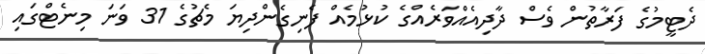
ދެޓީމުގެ ފަރާތުން ވެސް ދާދިއެއްވަރެއްގެ ކުޅުމެއް ފެނިގެންދިޔަ މެޗުގެ 31 ވަނަ މިނެޓްގައި